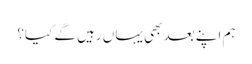
ہم اپنے بعد بھی یہاں رہیں گے کیا؟